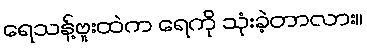
ရေသန့်ဗူးထဲက ရေကို သုံးခဲ့တာလား။